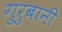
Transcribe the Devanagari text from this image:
गुरुबानी